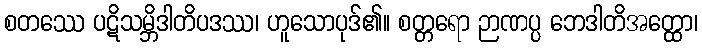
စတဿေ ပဋိသမ္ဘိဒါတိပဒဿ၊ ဟူသောပုဒ်၏။ စတ္တရော ဉာဏပ္ပ ဘေဒါတိအတ္ထော၊